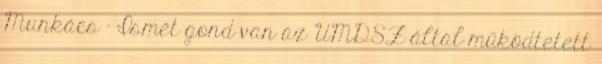
Munkács - Ismét gond van az UMDSZ által működtetett